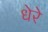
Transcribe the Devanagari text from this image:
धेरे